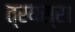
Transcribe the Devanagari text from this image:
त्रयस्र।